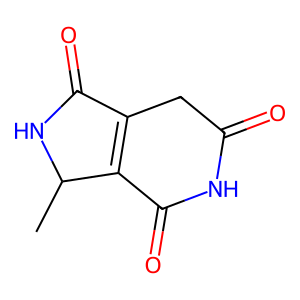
SMILES: CC1NC(=O)C2=C1C(=O)NC(=O)C2
Inhibits HIV replication: Yes